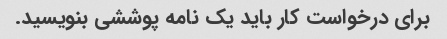
برای درخواست کار باید یک نامه پوششی بنویسید.